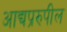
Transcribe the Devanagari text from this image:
आद्यप्ररुपील